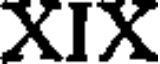
XIX